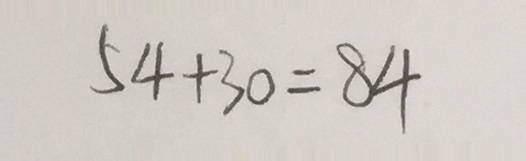
5 4 + 3 0 = 8 4